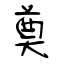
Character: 奠